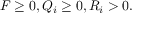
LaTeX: F \geq 0 , Q _ { i } \geq 0 , R _ { i } > 0 .